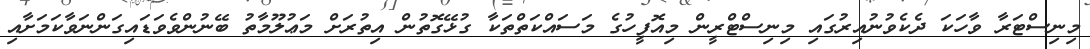
މިނިސްޓަރާ ވާހަކަ ދެކެވުނުއިރުގައި މިނިސްޓްރީން މިއޮފީހުގެ މަސައްކަތްތަކާ ގުޅޭގޮތުން އިތުރަށް މަޢުލޫމާތު ބޭނުންވެވަޑައިގަންނަވާކަމަށާއި